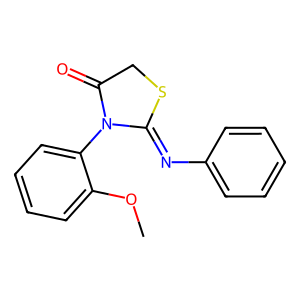
SMILES: COc1ccccc1N1C(=O)CSC1=Nc1ccccc1
Inhibits HIV replication: No